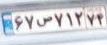
۶۷س۷۱۲۷۴